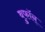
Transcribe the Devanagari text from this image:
बुफॉन्